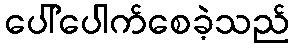
ပေါ်ပေါက်စေခဲ့သည်